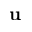
\mathbf { u }